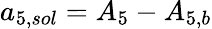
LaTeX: {a_{5,sol}}={A_{5}}-{A_{5,b}}